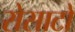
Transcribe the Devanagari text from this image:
रोसाटो